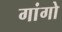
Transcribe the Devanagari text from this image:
गांगो